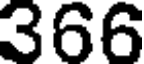
366